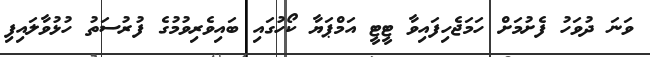
ވަނަ ދުވަހު ފެށުމަށް ހަމަޖެހިފައިވާ ޓީޓީ އަމްޕަޔާ ކޯހުގައި ބައިވެރިވުމުގެ ފުރުސަތު ހުޅުވާލައިފި